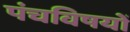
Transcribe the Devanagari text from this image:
पंचविषयों